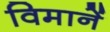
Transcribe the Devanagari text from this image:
विमानें